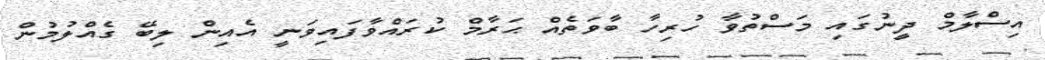
އިސްލާމް ދީނުގައި މަސްތުވާ ހުރިހާ ބާވަތެއް ޙަރާމް ކުރައްވާފައިވަނީ އެއިން ލިބޭ ގެއްލުމުން